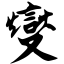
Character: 燮